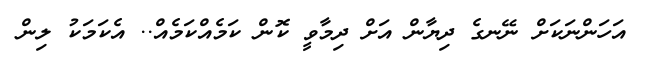
އަހަންނަކަށް ނޭނގެ ދިޔާން އަށް ދިމާވީ ކޮން ކަމެއްކަމެއް.. އެކަމަކު ލިން